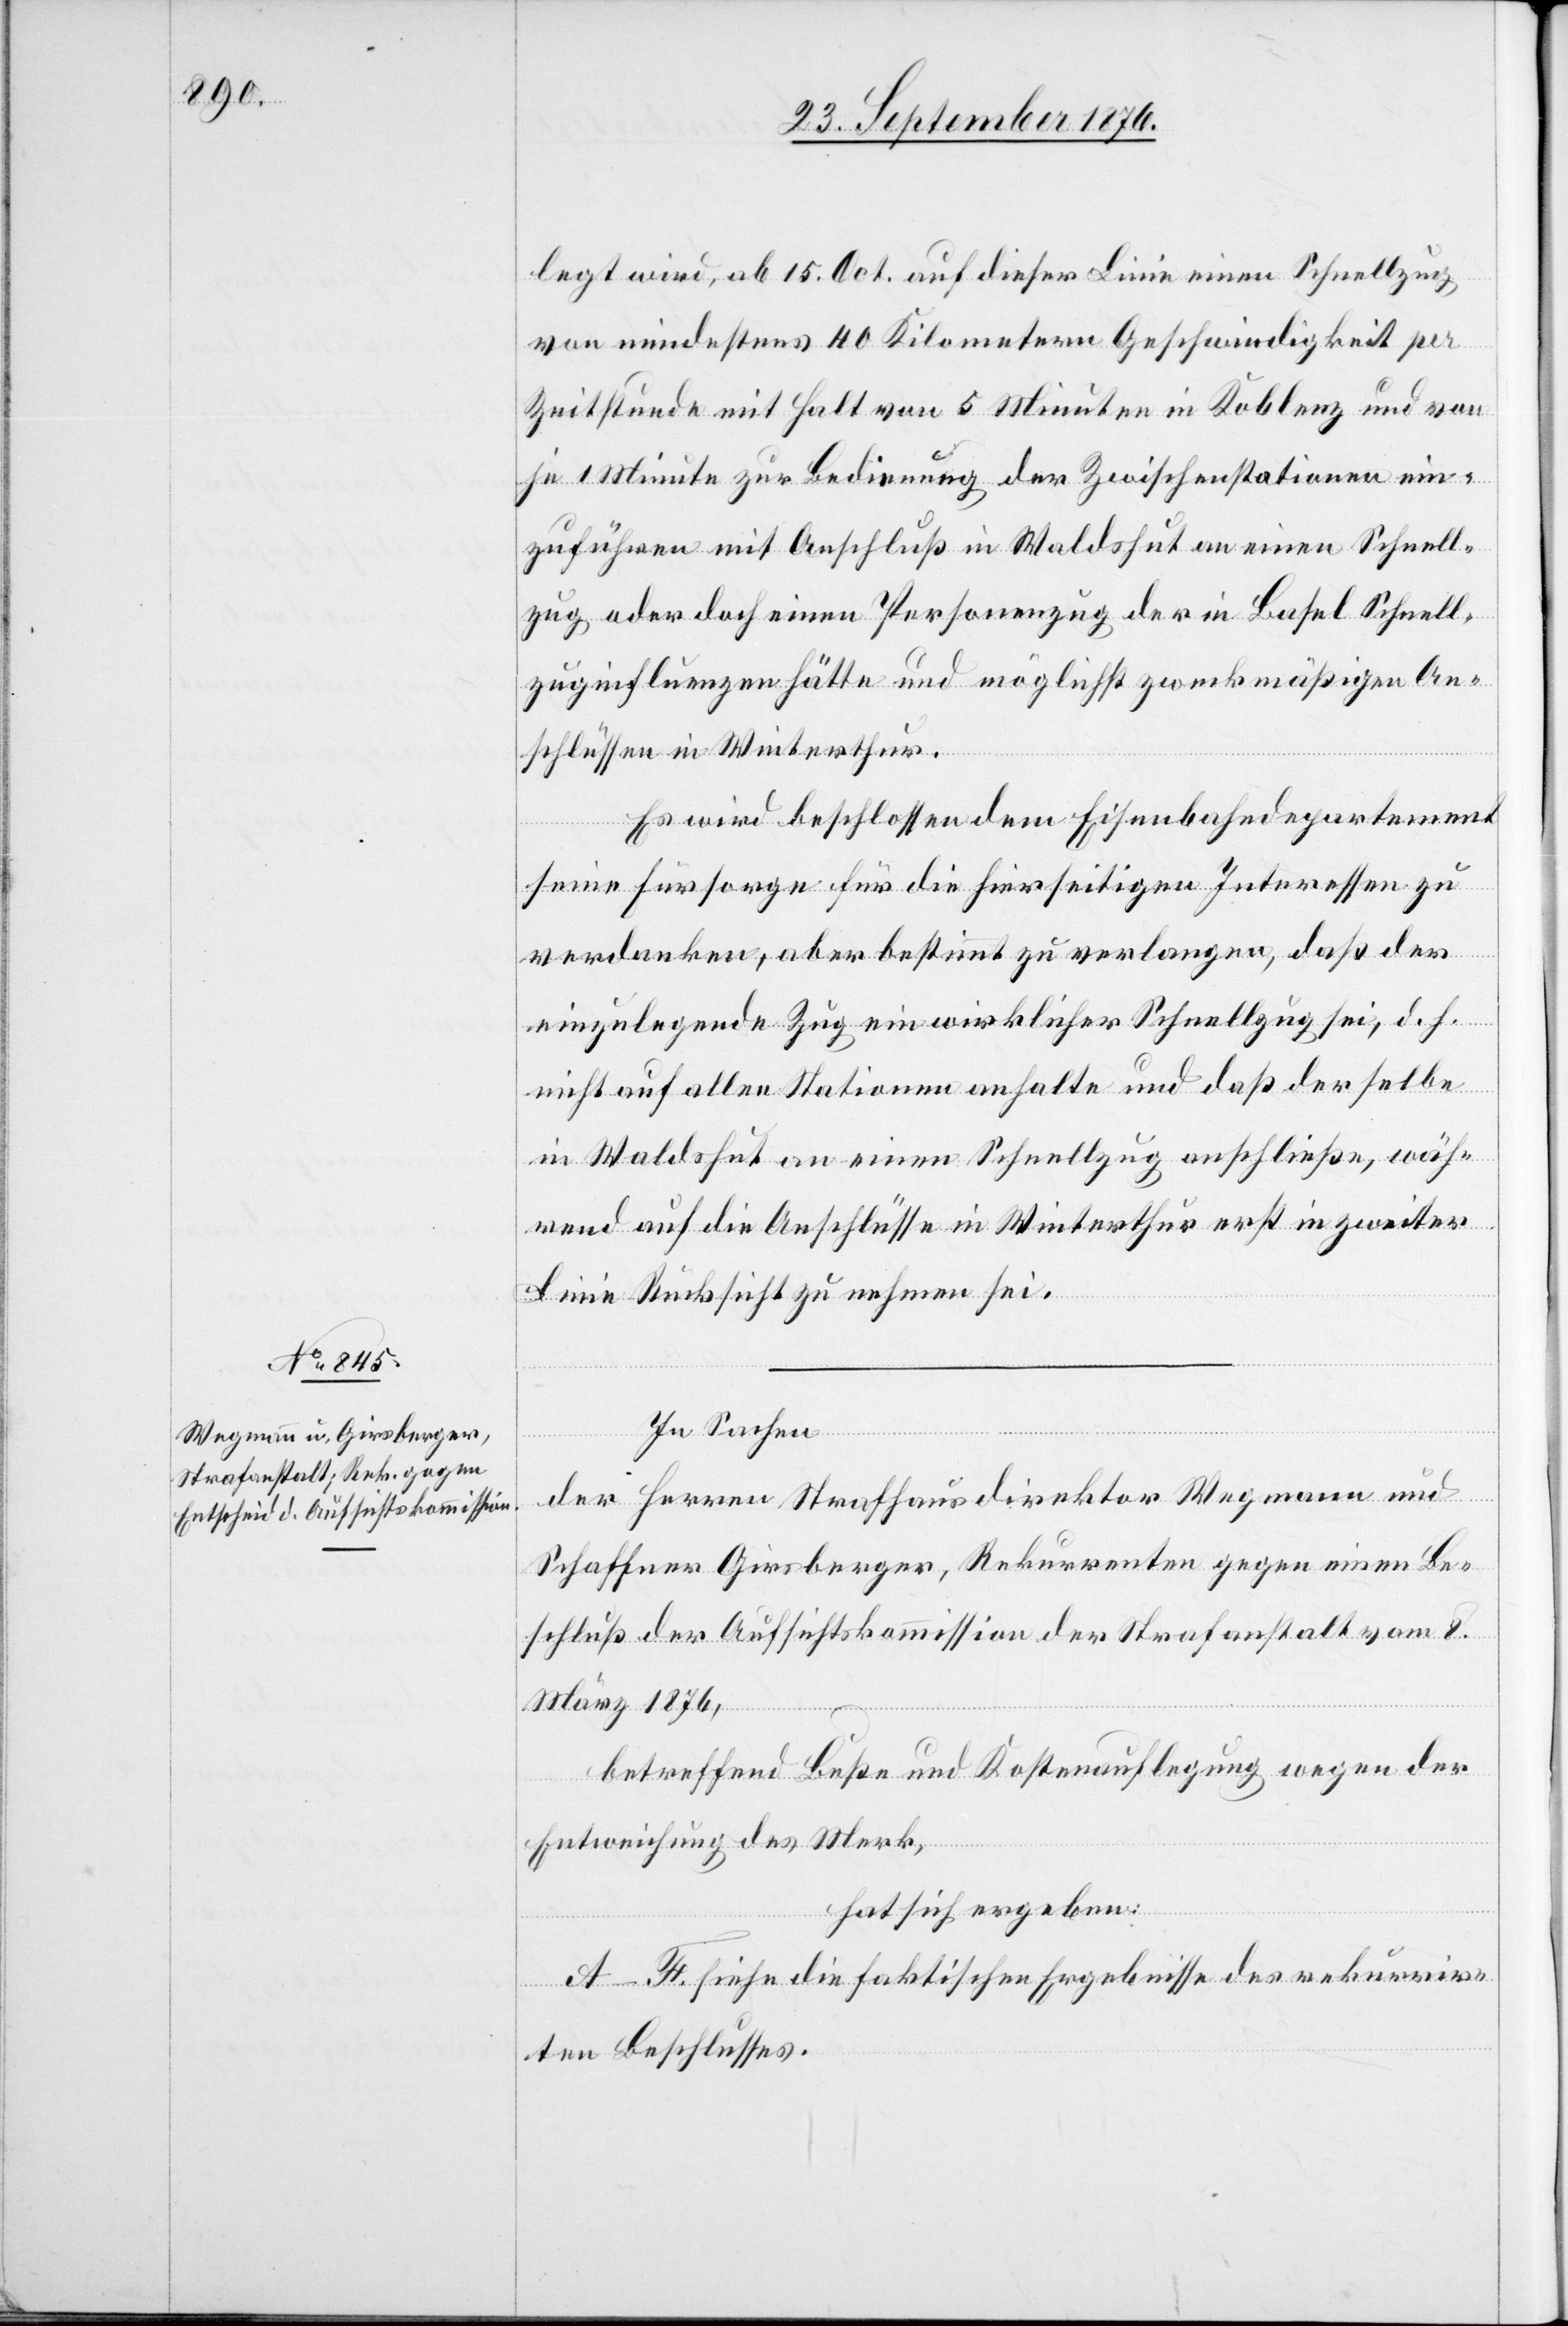
legt wird, ab 15. Oct. auf dieser Linie einen Schnellzug
von mindestens 40 Kilometer Geschwindigkeit per
Zeitstunde mit Halt von 5 Minuten in Koblenz und von
je 1 Minute zur Bedienung der Zwischenstationen ein¬
zuführen mit Anschluß in Waldshut an einen Schnell¬
zug oder doch einen Personenzug der in Basel Schnell¬
zuginfluenzen hätte und möglichst zweckmäßigen An¬
schlüssen in Winterthur.
Es wird beschlossen dem Eisenbahndepartement
seiner Fürsorge für die hierseitigen Interessen zu
verdenken, aber bestimmt zu verlangen, daß der
einzulegende Zug ein wirklicher Schnellzug sei, d. h.
nicht auf allen Stationen anhalte und daß derselbe
in Waldshut an einen Schnellzug anschließe, wäh¬
rend auf die Anschlüsse in Winterthur erst in zweiter
Linie Rücksicht zu nehmen sei.
In Sachen
der Herren Strafhausdirektor Wegmann und
Schaffner Girsberger, Rekurrenten gegen einen Be¬
schluß der Aufsichtskommission der Strafanstalt vom 8.
März 1876,
betreffend Buße und Kostenauflegung wegen der
Entweichung des Merk,
hat sich ergeben:
A–F. siehe die faktischen Ergebnisse des rekurrir¬
ten Beschlusses.